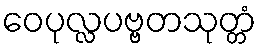
ဝေပုလ္လပဗ္ဗတသုတ္တံ